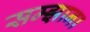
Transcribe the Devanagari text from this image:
सम्झाना